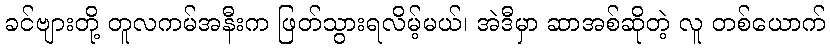
ခင်ဗျားတို့ တူလကမ်အနီးက ဖြတ်သွားရလိမ့်မယ်၊ အဲဒီမှာ ဆာအစ်ဆိုတဲ့ လူ တစ်ယောက်